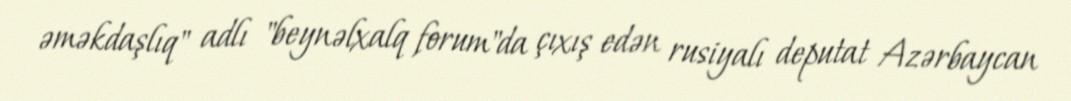
əməkdaşlıq" adlı "beynəlxalq forum"da çıxış edən rusiyalı deputat Azərbaycan